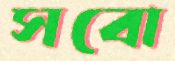
সবো